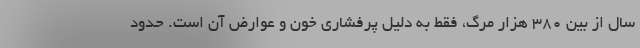
سال از بین ۳۸۰ هزار مرگ، فقط به دلیل پرفشاری خون و عوارض آن است. حدود